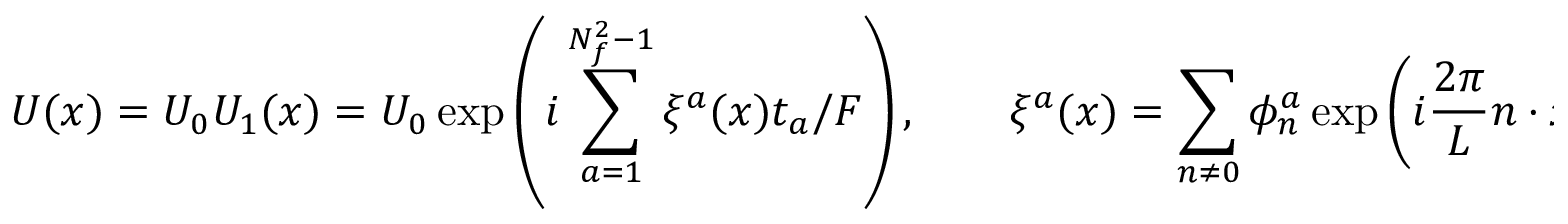
U ( x ) = U _ { 0 } U _ { 1 } ( x ) = U _ { 0 } \exp \left( i \sum _ { a = 1 } ^ { N _ { f } ^ { 2 } - 1 } \xi ^ { a } ( x ) t _ { a } / F \right) , \qquad \xi ^ { a } ( x ) = \sum _ { n \neq 0 } \phi _ { n } ^ { a } \exp \left( i \frac { 2 \pi } { L } n \cdot x \right) ,